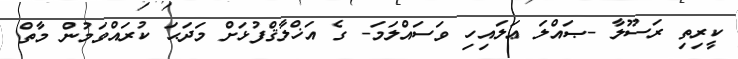
ކީރިތި ރަސޫލާ -ޞައްލަ ޢަލައިހި ވަސައްލަމަ- ގެ އަޚްލާޤްފުޅަށް މަދަޙަ ކުރައްވަމުން މާތް